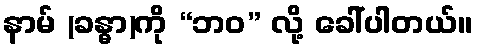
နာမ် (ခန္ဓာ)ကို “ဘဝ” လို့ ခေါ်ပါတယ်။